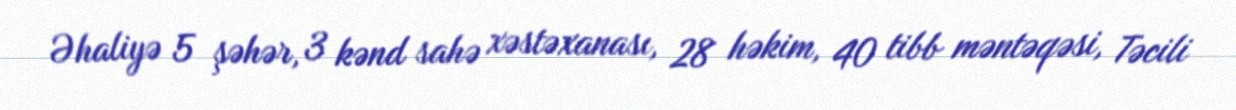
Əhaliyə 5 şəhər, 3 kənd sahə xəstəxanası, 28 həkim, 40 tibb məntəqəsi, Təcili